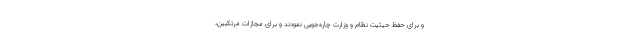
و براى حفظ حیثیت نظام و وزارت چاره‌جویى نمودند و براى مجازات مرتكبین،